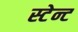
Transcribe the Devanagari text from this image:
स्टेन्ट